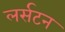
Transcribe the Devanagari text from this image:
लर्सटन